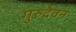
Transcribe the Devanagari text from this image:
गुरुदेवन